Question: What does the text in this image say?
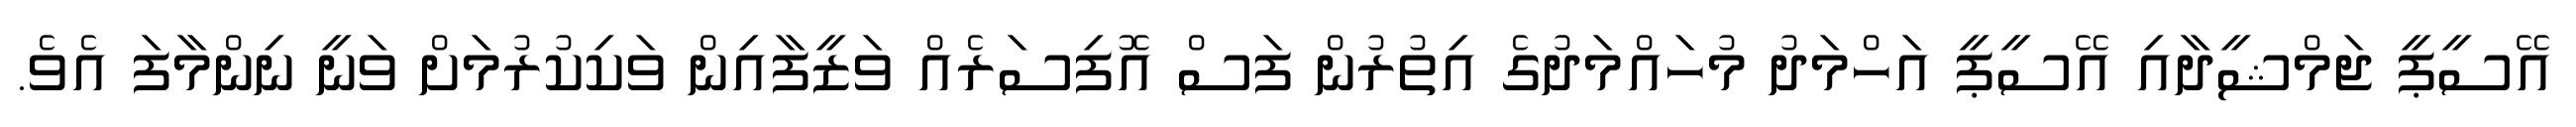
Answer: އޭސީޕީ ޖަމްޝީދާއި އޭސީޕީ އަހްމަދު މުހައްމަދުގެ އިތުރުން ފަސް އޮފިސަރެއް ވަޒީފާއިން ވަކިކުރުމަށް ވަނީ ނިންމާފަ އެވެ.